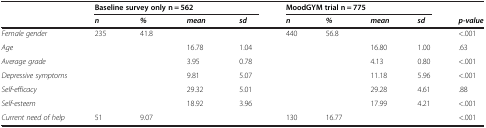
|  | <COLSPAN=4> Baseline survey only n = 562 | <COLSPAN=4> MoodGYM trial n = 775 |  |
 |  | n | % | mean | sd | n | % | mean | sd | p-value |
 | --- | --- | --- | --- | --- | --- | --- | --- | --- | --- |
 | Female gender | 235 | 41.8 |  |  | 440 | 56.8 |  |  | <.001 |
 | Age |  |  | 16.78 | 1.04 |  |  | 16.80 | 1.00 | .63 |
 | Average grade |  |  | 3.95 | 0.78 |  |  | 4.13 | 0.80 | <.001 |
 | Depressive symptoms |  |  | 9.81 | 5.07 |  |  | 11.18 | 5.96 | <.001 |
 | Self-efficacy |  |  | 29.32 | 5.01 |  |  | 29.28 | 4.61 | .88 |
 | Self-esteem |  |  | 18.92 | 3.96 |  |  | 17.99 | 4.21 | <.001 |
 | Current need of help | 51 | 9.07 |  |  | 130 | 16.77 |  |  | <.001 |